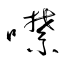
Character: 噤